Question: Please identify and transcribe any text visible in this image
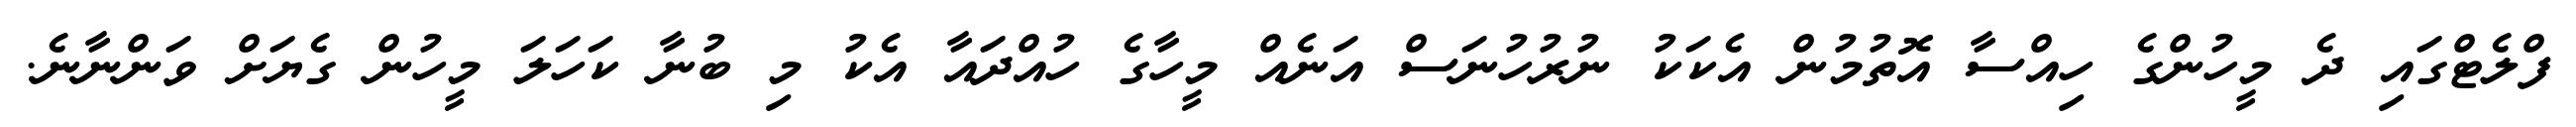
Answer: ފްލެޓްގައި ދެ މީހުންގެ ހިއްސާ އޮތުމުން އެކަކު ނުރުހުނަސް އަނެއް މީހާގެ ހުއްދައާ އެކު މި ބުނާ ކަހަލަ މީހުން ގެޔަށް ވަންނާނެ.